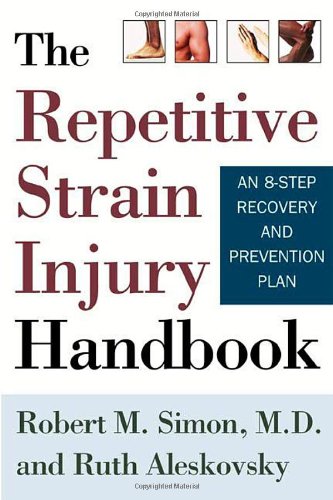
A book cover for The Repetitive Strain Injury Handbook: An 8-Step Recovery and Prevention Plan; Robert M. Simon; Health, Fitness & Dieting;